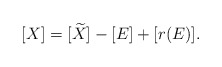
\begin{align*} [X] = [\widetilde X] - [E] + [r(E)].\end{align*}